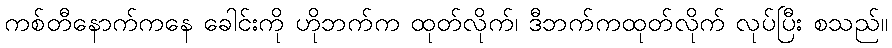
ကစ်တီနောက်ကနေ ခေါင်းကို ဟိုဘက်က ထုတ်လိုက်၊ ဒီဘက်ကထုတ်လိုက် လုပ်ပြီး စသည်။